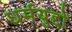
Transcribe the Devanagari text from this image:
धर्मयुद्दों